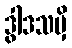
ဒွါဒသမှိ